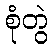
စုံတွဲ